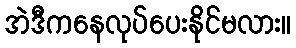
အဲဒီကနေလုပ်ပေးနိုင်မလား။